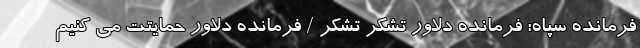
فرمانده سپاه: فرمانده دلاور تشکر تشکر / فرمانده دلاور حمایتت می کنیم